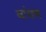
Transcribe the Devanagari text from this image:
बांधण